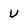
Character: U